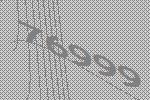
76999